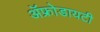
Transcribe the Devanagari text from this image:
ॲफ्रोडायटी